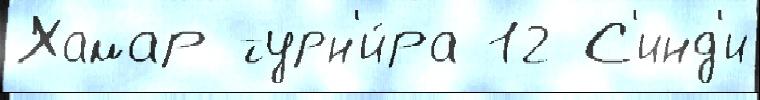
Хамар турн'и́ра 12 С'инд'и